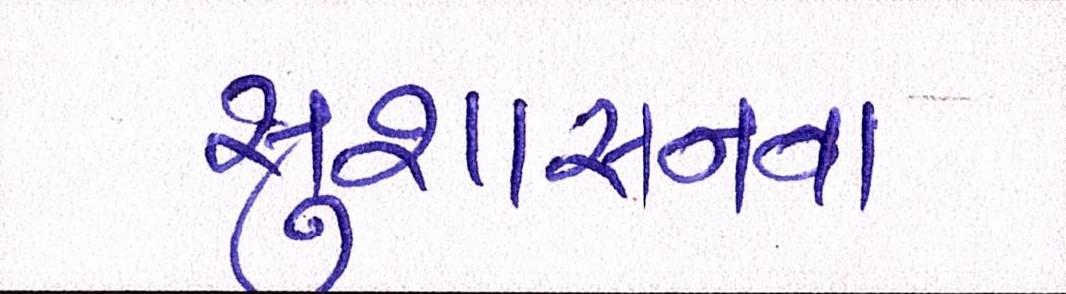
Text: સુશાસનના